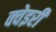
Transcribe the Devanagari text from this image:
क्वेइरी